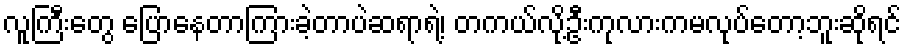
လူကြီးတွေ ပြောနေတာကြားခဲ့တာပဲဆရာရဲ့၊ တကယ်လို့ဦးကုလားကမလုပ်တော့ဘူးဆိုရင်